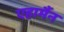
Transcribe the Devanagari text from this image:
एहार्मैन